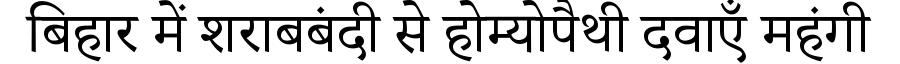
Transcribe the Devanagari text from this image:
बिहार में शराबबंदी से होम्योपैथी दवाएँ महंगी